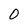
Character: 0